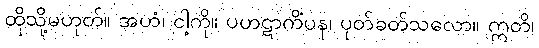
ထိုသို့မဟုတ်။ အဟံ၊ ငါ့ကို။ ပဟဋာကိံပန၊ ပုတ်ခတ်သလော။ ဣတိ၊